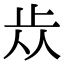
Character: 𣥐